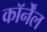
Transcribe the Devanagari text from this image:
कॉर्नेंल